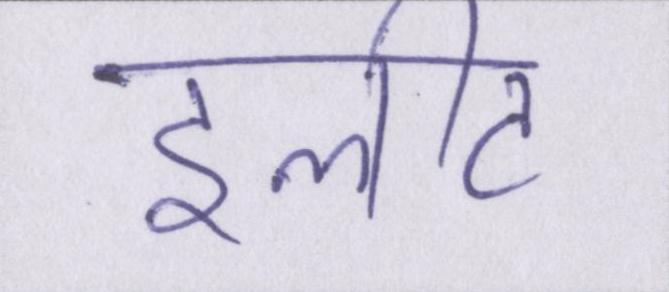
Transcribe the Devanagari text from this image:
इलीट